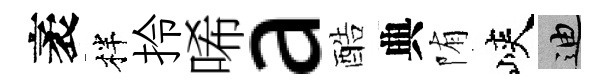
袤柈拎唏a酷典陏峽迪